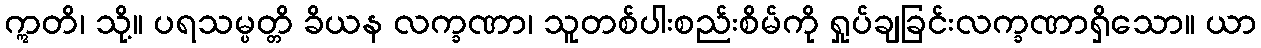
ဣတိ၊ သို့။ ပရသမ္ပတ္တိ ခိယန လက္ခဏာ၊ သူတစ်ပါးစည်းစိမ်ကို ရှုပ်ချခြင်းလက္ခဏာရှိသော။ ယာ